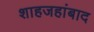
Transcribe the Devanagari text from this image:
शाहजहांबाद